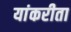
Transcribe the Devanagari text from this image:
यांकरीता